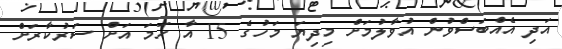
އަދި އެއްބަސްވުން އުވާލުމަށް މިދިޔަ މަހުގެ 15 އާ ހަމަ އަށް ސަރުކާރަށް